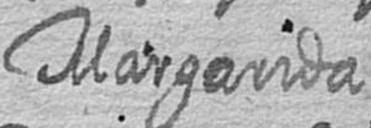
Margarida